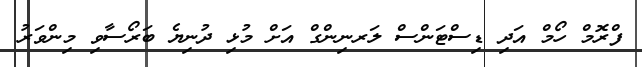
ފްރޮމް ހޯމް އަދި ޑިސްޓަންސް ލަރނިންގް އަށް މުޅި ދުނިޔެ ބަރޯސާވި މިންވަރު